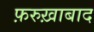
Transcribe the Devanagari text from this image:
फ़रुख़ाबाद